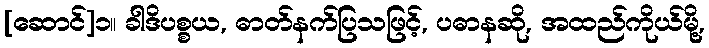
[ဆောင်]၁။ ခါဒိပစ္စယ, ဓာတ်နက်ပြသဖြင့်, ပဓာနဆို, အထည်ကိုယ်မို့,